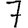
Digit: 7